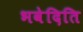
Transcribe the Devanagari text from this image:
भवेदिति